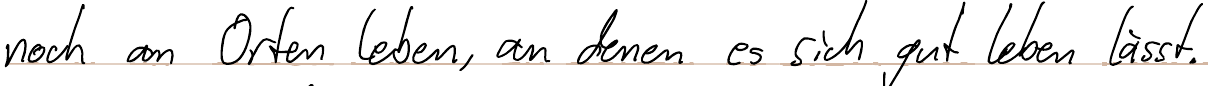
noch an Orten leben, an denen es sich gut leben lässt.